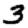
Digit: 3